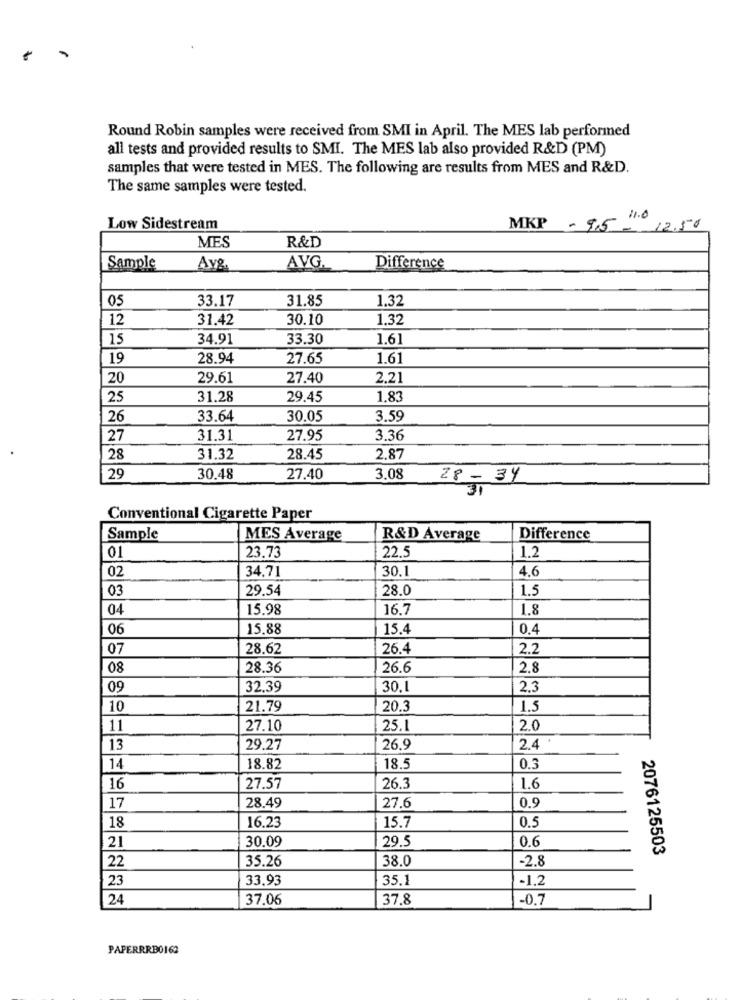
Round Robin samples were received from SMI in April. The MES lab performed
all tests and provided results to SMI. The MES lab also provided R&D (PM)
samples that were tested in MES. The following are results from MES and R&D.
The same samples were tested.
11.0
Low Sidestream
MKP - 9,5 - 12.50
R&D
MES
Sample
Avg
AVG.
Difference
05
33.17
31.85
1.32
12
31.42
30.10
1.32
15
34.91
33.30
1.61
19
28.94
27.65
1.61
20
29.61
27.40
2.21
25
31.28
29.45
1.83
26
33.64
30.05
3.59
27
31.31
27.95
3.36
28
31.32
28.45
2.87
29
30,48
27.40
3.08
28 - 34
31
Conventional Cigarette Paper
Sample
MES Average
R&D Average
Difference
1.2
01
23.73
22.5
02
34,71
30.1
4.6
03
29.54
28.0
1.5
04
15.98
16.7
1.8
06
15,88
15.4
0.4
07
28.62
26.4
2.2
08
28.36
26.6
2.8
09
32,39
30.1
2.3
10
21.79
20.3
1.5
11
27.10
25.1
2.0
13
29.27
26.9
2.4
14
18.82
18.5
0.3
16
27.57
26.3
1.6
28.49
17
27.6
0.9
16.23
15.7
0.5
18
21
30.09
29.5
0.6
2076125503
22
35.26
38.0
-2.8
23
33,93
35.1
-1,2
24
37.06
37.8
-0.7
PAPERRRBO162